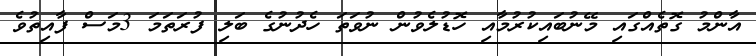
އާންމު ގޮތެއްގައި މޭނުބައިކުރުމާއި ހޮޑުލެވުން ނުވަތަ ހެދުނުގެ ބަލި ފުރަތަމަ 3މަސް ފާއިތުވެ